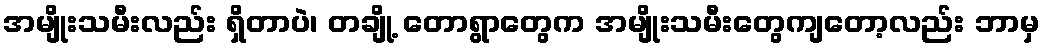
အမျိုးသမီးလည်း ရှိတာပဲ၊ တချို့ တောရွာတွေက အမျိုးသမီးတွေကျတော့လည်း ဘာမှ